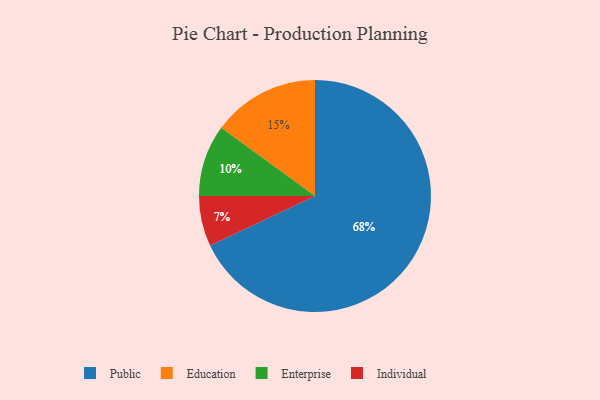
{"axis": {"x": "Category", "y": "Percentage"}, "legend": ["Education", "Enterprise", "Individual", "Public"], "data": [{"x": "Public", "y": 68, "type": "Public"}, {"x": "Education", "y": 15, "type": "Education"}, {"x": "Enterprise", "y": 10, "type": "Enterprise"}, {"x": "Individual", "y": 7, "type": "Individual"}]}